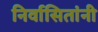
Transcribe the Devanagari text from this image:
निर्वासितांनी